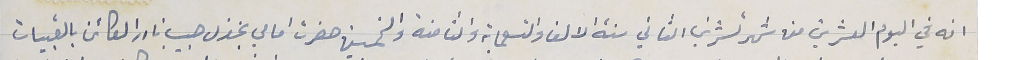
انه في اليوم العشرين منه شهر تشرين الثاني سنة الالف والتسعماية والثامنة والخمسين حضرت امامي بخزل؟؟؟؟؟ حبيب نادر الكائن بالقبيات